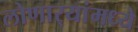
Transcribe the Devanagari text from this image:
लोणार्‍यांमध्ये